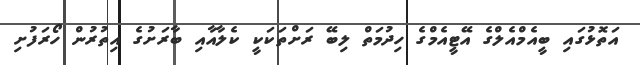
އަތޮޅުގައި ބީއެމްއެލްގެ އޭޓީއެމްގެ ހިދުމަތް ލިބޭ ރަށްތަަކަކީ ކެލާއާއި ބާރަށުގެ އިތުރުން ހޯރަފުށި